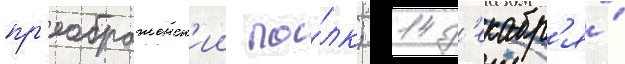
пр'еображенск'ии по́лк; 14 д'екабр'я́